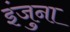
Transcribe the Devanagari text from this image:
इंजुना